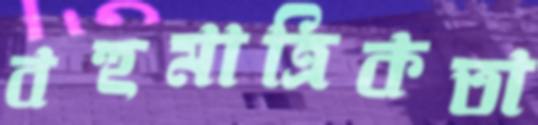
বহুমাত্রিকতা